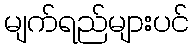
မျက်ရည်များပင်